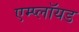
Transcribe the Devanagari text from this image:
एम्प्लॉयड